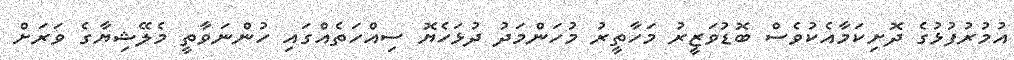
އުމުރުފުޅުގެ ދޮށިކަމާއެކުވެސް ބޮޑުވަޒީރު މަހާތީރު މުހަންމަދު ދުޅަހެޔޮ ސިއްހަތެއްގައި ހުންނަވާތީ މެލޭޝިޔާގެ ވަރަށް